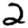
Digit: 2